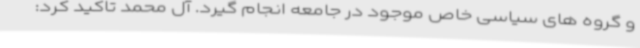
و گروه‌ های سیاسی خاص موجود در جامعه انجام گیرد. آل محمد تاکید کرد: